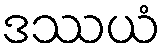
ဒဿယံ